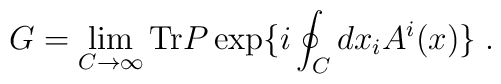
G=\lim_{C\to\infty}{\rm Tr}P\exp\{i\oint_C dx_iA^i(x)\} \;.